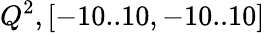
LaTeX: Q^{2},[-10..10,-10..10]